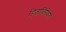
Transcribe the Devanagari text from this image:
हिताविरोधात